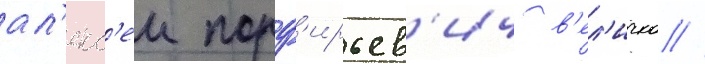
ал'екс'еи порф'ирьев'ич в'ел'ичко //